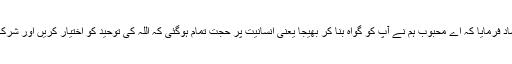
اللہ تبارک و تعالیٰ نے قرآن میں واضح ارشاد فرمایا کہ اے محبوبؐ ہم نے آپ کو گواہ بنا کر بھیجا یعنی انسانیت پر حجت تمام ہوگئی کہ اللہ کی توحید کو اختیار کریں اور شرک کی نجاست سے اپنے دامن آلودہ نہ کریں۔